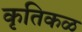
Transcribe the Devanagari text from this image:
कृतिकळ